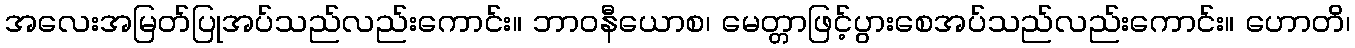
အလေးအမြတ်ပြုအပ်သည်လည်းကောင်း။ ဘာဝနီယောစ၊ မေတ္တာဖြင့်ပွားစေအပ်သည်လည်းကောင်း။ ဟောတိ၊